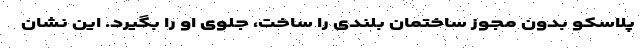
پلاسکو بدون مجوز ساختمان بلندی را ساخت، جلوی او را بگیرد. این نشان